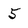
Character: 5